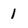
Character: 1